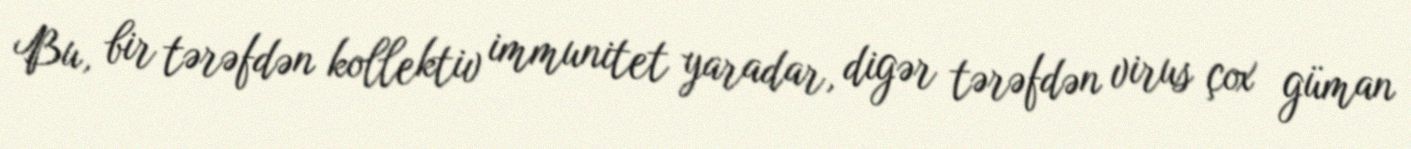
Bu, bir tərəfdən kollektiv immunitet yaradar, digər tərəfdən virus çox güman